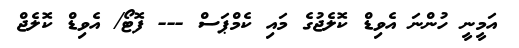
އަމީނީ ހުންނަ އެވިޑް ކޮލެޖުގެ މައި ކެމްޕަސް --- ފޮޓޯ/ އެވިޑް ކޮލެޖް